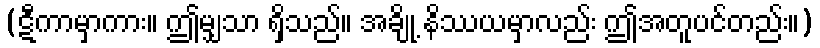
(ဋီကာမှာကား။ ဤမျှသာ ရှိသည်။ အချို့ နိဿယမှာလည်း ဤအတူပင်တည်း။)